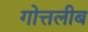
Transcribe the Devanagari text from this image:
गोत्तलीब